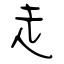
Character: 走